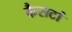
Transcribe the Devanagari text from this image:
कैसर्टा